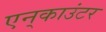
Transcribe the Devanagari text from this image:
एन्‌काउंटर